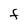
Character: F